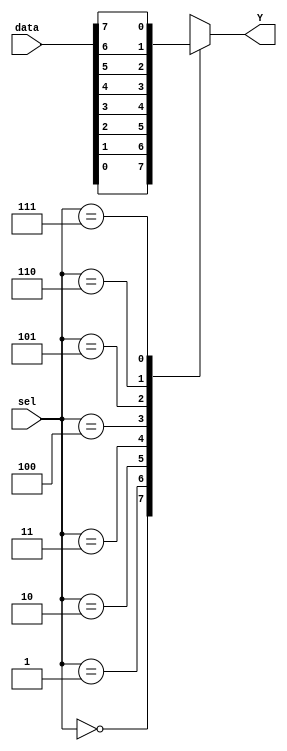
`timescale 1ns / 1ps
//////////////////////////////////////////////////////////////////////////////////
// Company: 
// Engineer: 
// 
// Design Name: 
// Module Name: Mux1
// Project Name: 
// Target Devices: 
// Tool Versions: 
// Description: 
// 
// Dependencies: 
// 
// Revision:
// Revision 0.01 - File Created
// Additional Comments:
// 
//////////////////////////////////////////////////////////////////////////////////


module Mux1(
input [7:0] data,
input [2:0] sel, 
output Y
    );
    reg tmp;
    
 always @(data, sel) begin
    case (sel)
    3'b000:  tmp <= data[0];
    3'b001:  tmp <= data[1];
    3'b010:  tmp <= data[2];
    3'b011:  tmp <= data[3];
    3'b100:  tmp <= data[4];
    3'b101:  tmp <= data[5];
    3'b110:  tmp <= data[6];
    3'b111:  tmp <= data[7];
    default:tmp <= 1'b0;
    endcase
end
assign Y = tmp;
endmodule